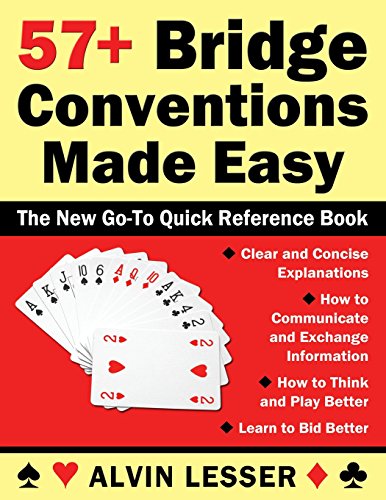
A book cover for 57+ Bridge Conventions Made Easy; Alvin L Lesser; Humor & Entertainment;